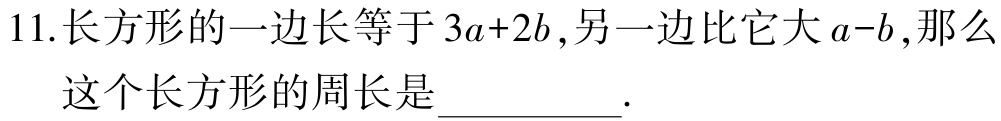
11.长方形的一边长等于\(3a + 2b\),另一边比它大\(a - b\),那么
这个长方形的周长是__________.